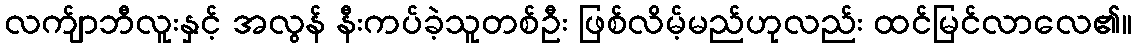
လက်ျာဘီလူးနှင့် အလွန် နီးကပ်ခဲ့သူတစ်ဦး ဖြစ်လိမ့်မည်ဟုလည်း ထင်မြင်လာလေ၏။